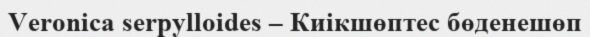
Veronica serpylloides – Киікшөптес бөденешөп